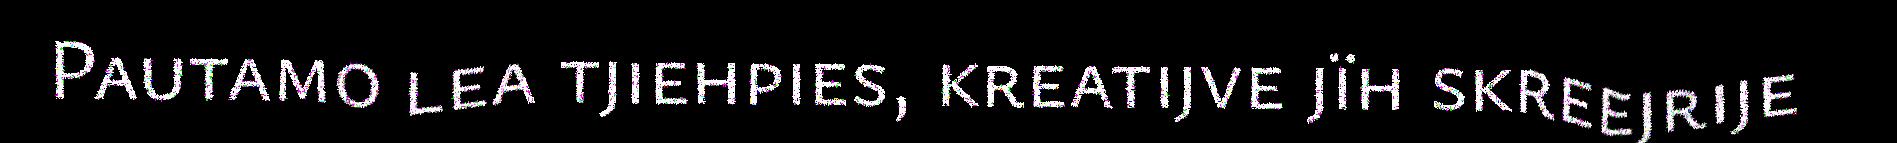
Pautamo lea tjiehpies, kreatijve jïh skreejrije